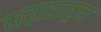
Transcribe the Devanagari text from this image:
महाराष्ट्रन